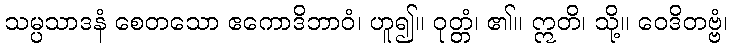
သမ္ပသာဒနံ စေတသော ဧကောဒိဘာဝံ၊ ဟူ၍။ ဝုတ္တံ၊ ၏။ ဣတိ၊ သို့။ ဝေဒိတဗ္ဗံ၊